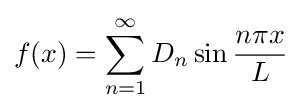
f(x)=\sum _{n=1}^{\infty }D_{n}\sin {\frac {n\pi x}{L}}